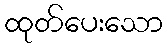
ထုတ်ပေးသော